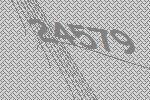
24579